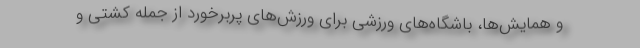
و همایش‌ها، باشگاه‌های ورزشی برای ورزش‌های پربرخورد از جمله کشتی و